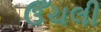
ઉઁચલી